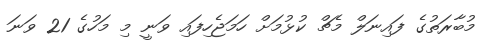
މުބާރަތުގެ ފައިނަލް މެޗް ކުޅުމަށް ހަމަޖެހިފައި ވަނީ މި މަހުގެ 21 ވަނަ